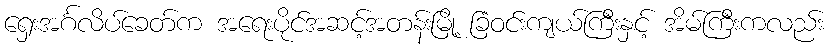
ရှေးအင်္ဂလိပ်ခေတ်က အရေးပိုင်အဆင့်အတန်းမြို့ ခြံဝင်းကျယ်ကြီးနှင့် အိမ်ကြီးကလည်း